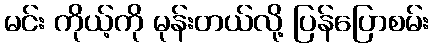
မင်း ကိုယ့်ကို မုန်းတယ်လို့ ပြန်ပြောစမ်း